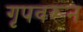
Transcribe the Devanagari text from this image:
गृपवरून